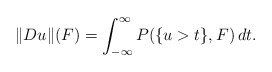
\begin{align*}\|Du\|(F)=\int_{-\infty}^{\infty}P(\{u>t\},F)\,dt.\end{align*}